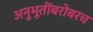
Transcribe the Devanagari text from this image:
अनुभूतींबरोबरच